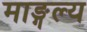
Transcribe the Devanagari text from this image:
माङ्गल्य